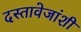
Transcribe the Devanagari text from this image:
दस्तावेजांशी